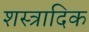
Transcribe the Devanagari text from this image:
शस्त्रादिक